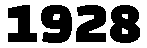
1928